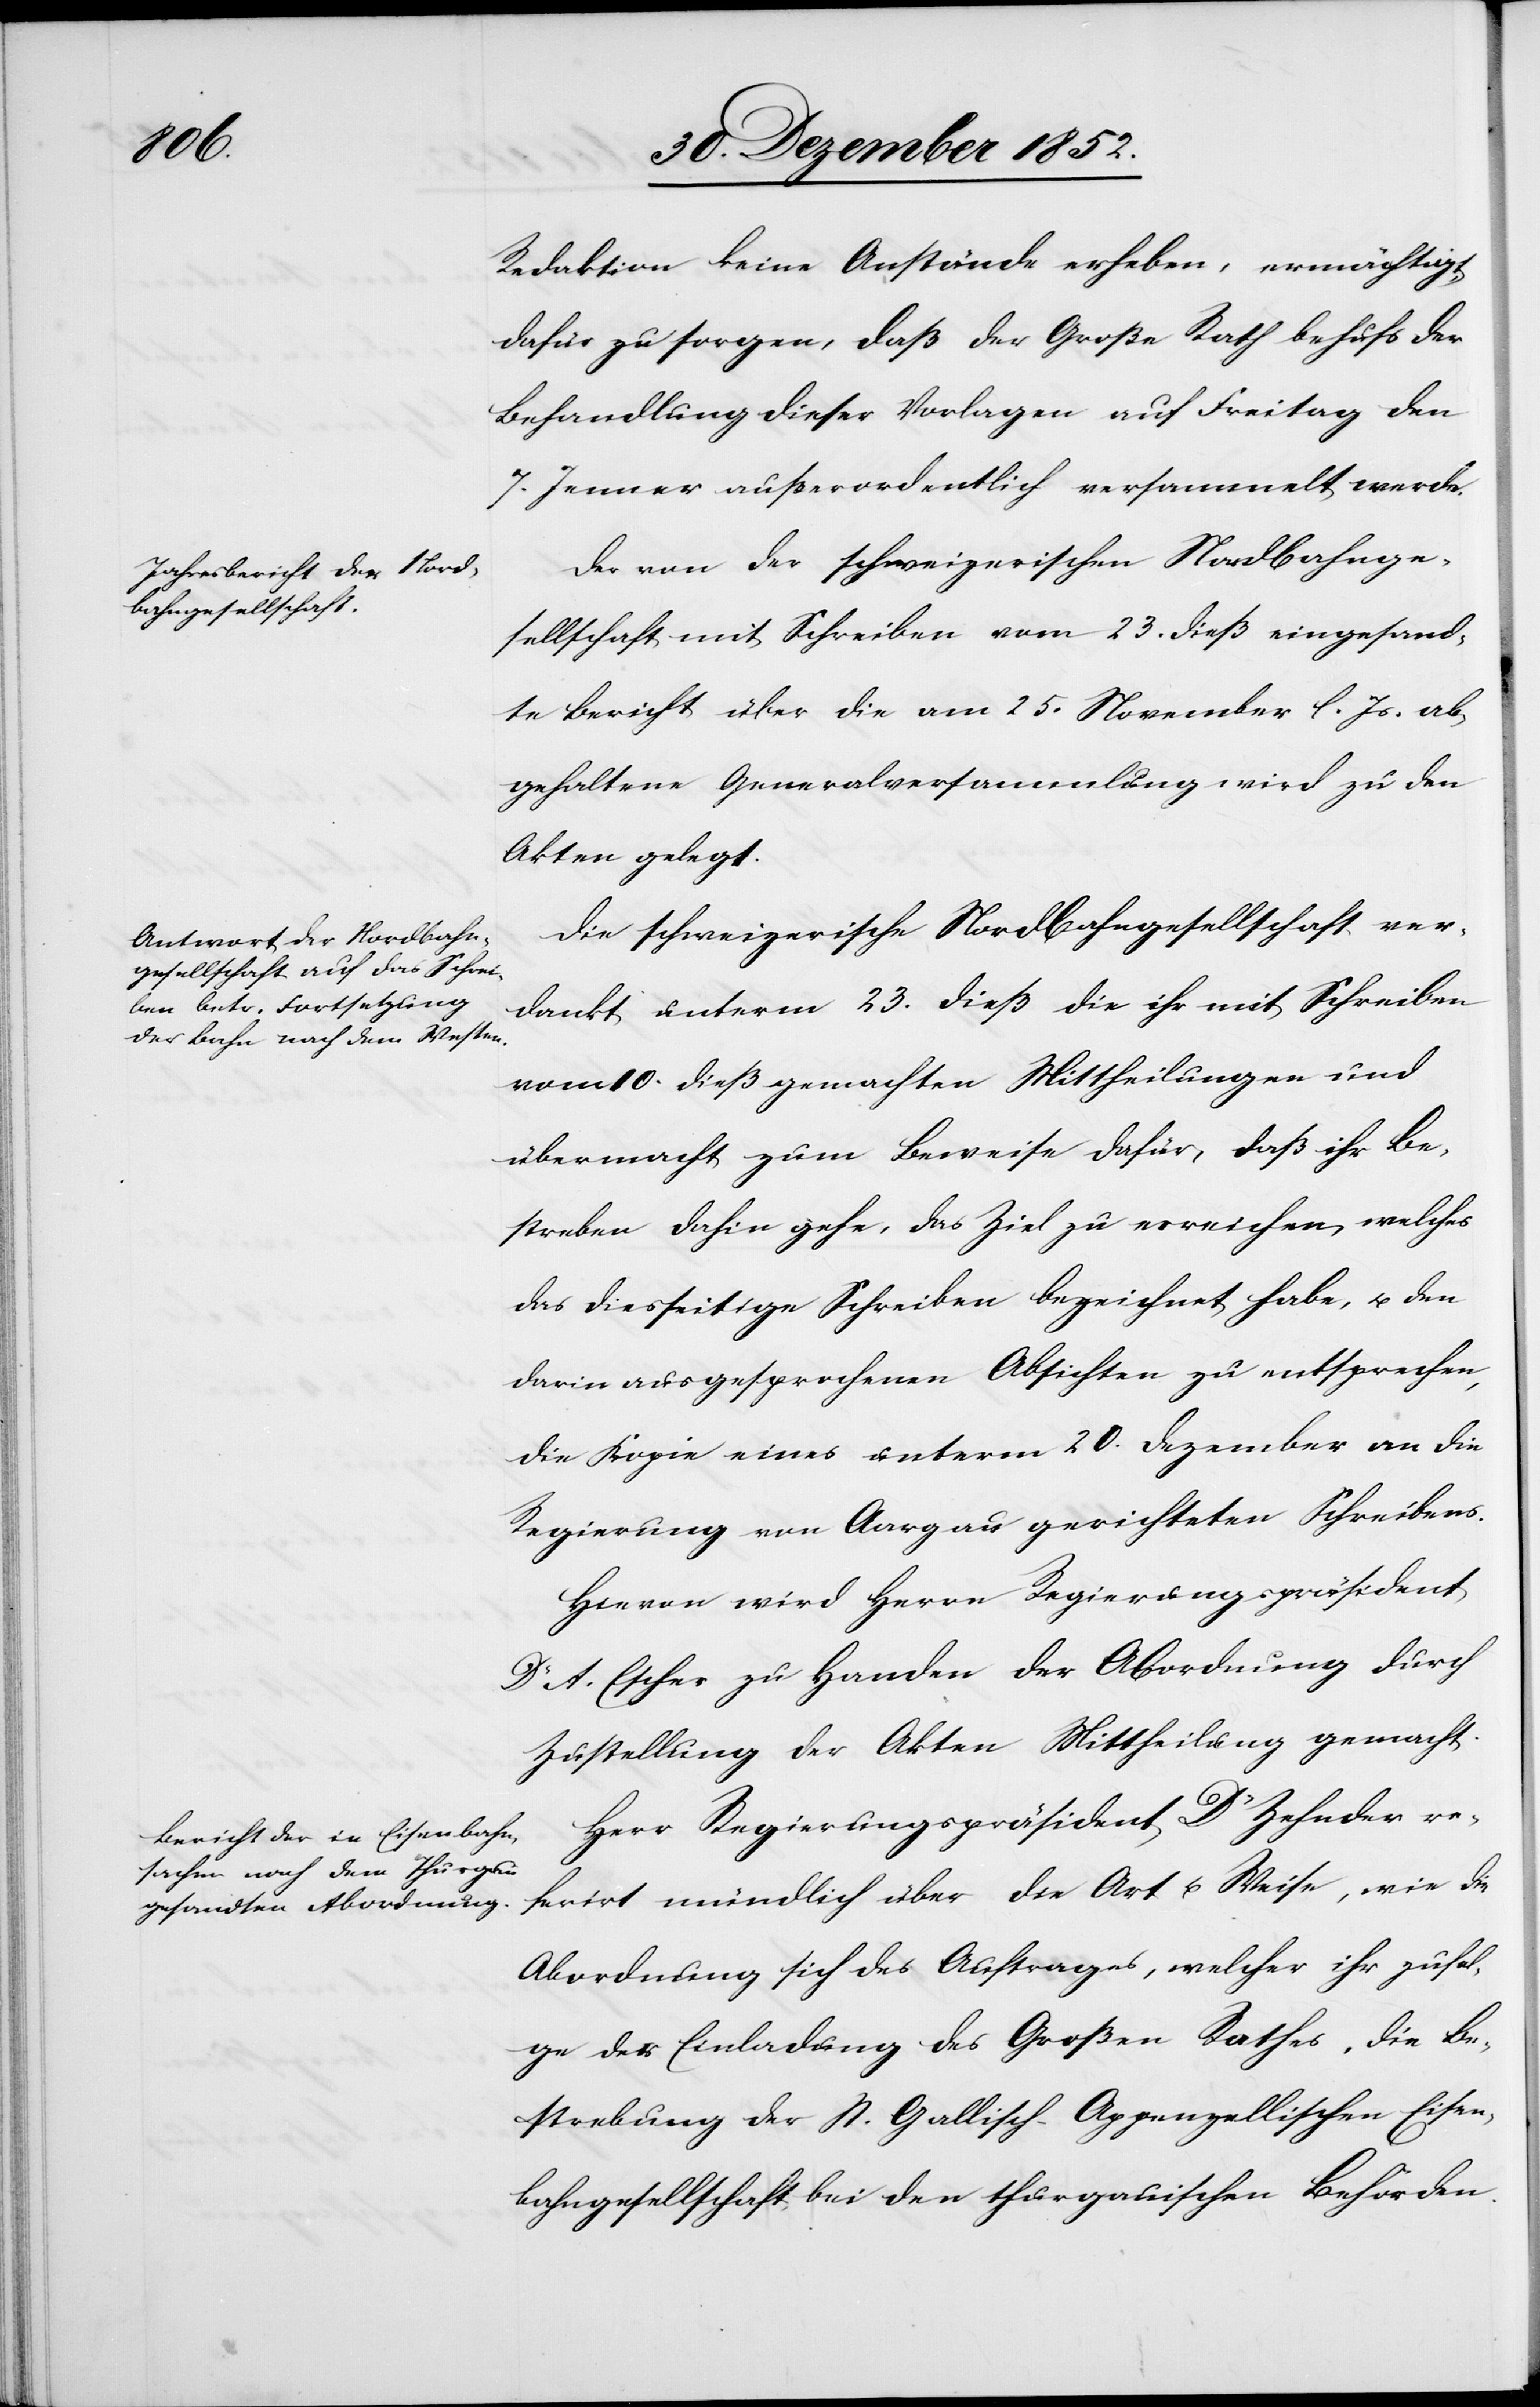
Redaktion keine Anstände erheben, ermächtigt,
dafür zu sorgen, daß der Große Rath behufs der
Behandlung dieser Vorlagen auf Freitag den
7. Jenner außerordentlich versammelt werde.
Der von der schweizerischen Nordbahnge¬
sellschaft mit Schreiben vom 23. dieß eingesand¬
te Bericht über die am 25. November l. Js. ab¬
gehaltene Generalversammlung wird zu den
Akten gelegt.
Die schweizerische Nordbahngesellschaft ver¬
dankt unterm 23. dieß die ihr mit Schreiben
vom 10. dieß gemachten Mittheilungen und
übermacht zum Beweise dafür, daß ihr Be¬
streben dahin gehe, das Ziel zu erreichen, welches
das diesseitige Schreiben bezeichnet habe, u. den
darin ausgesprochenen Absichten zu entsprechen,
die Kopie eines unterm 20. Dezember an die
Regierung von Aargau gerichteten Schreibens.
Hievon wird Herrn Regierungspräsident
Dr A. Escher zu Handen der Abordnung durch
Zustellung der Akten Mittheilung gemacht.
Herr Regierungspräsident Dr Zehnder re¬
ferirt mündlich über die Art u. Weise, wie die
Abordnung sich des Auftrages, welcher ihr zufol¬
ge der Einladung des Großen Rathes, die Be¬
strebung der St. Gallisch-Appenzellischen Eisen¬
bahngesellschaft bei den thurgauischen Behörden